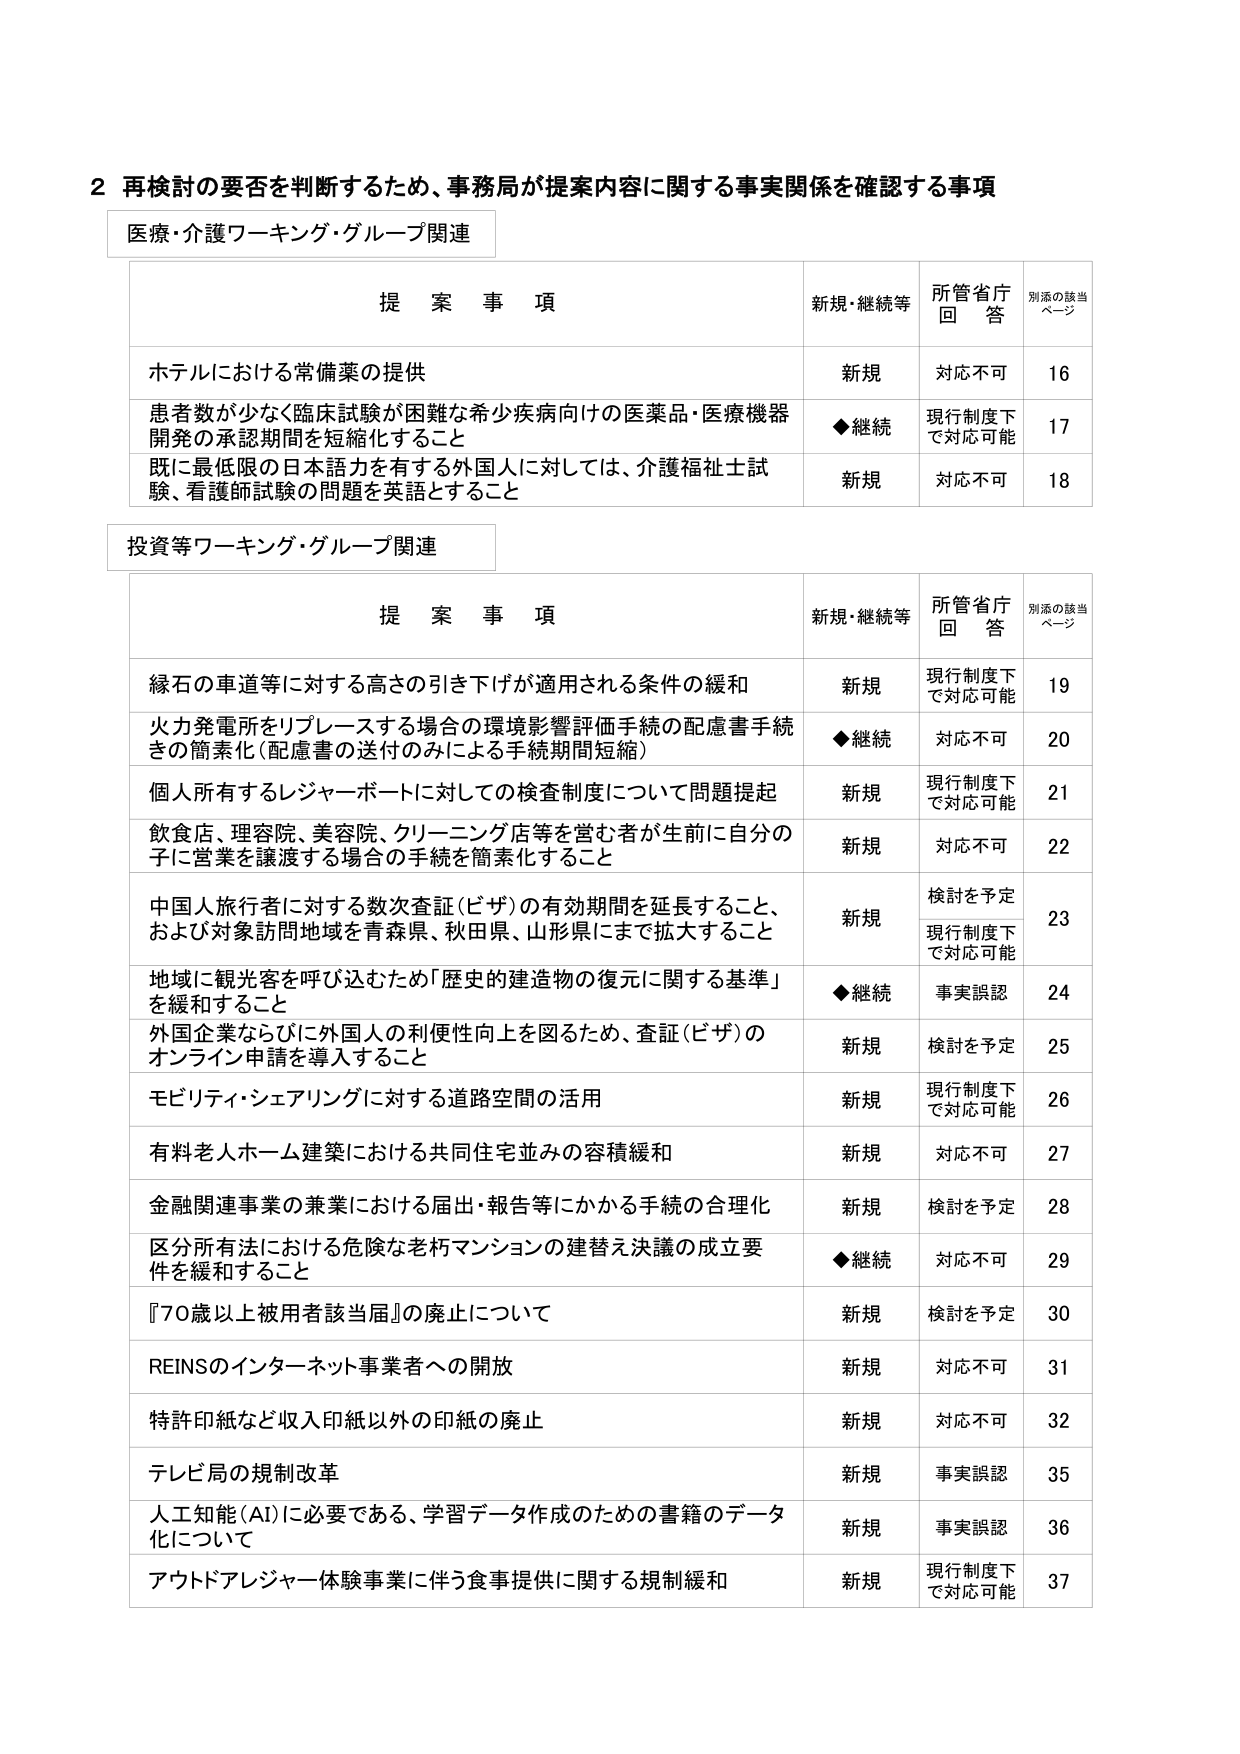
2 再検討の要否を判断するため、事務局が提案内容に関する事実関係を確認する事項

医療・介護ワーキング・グループ関連

提 案 事 項